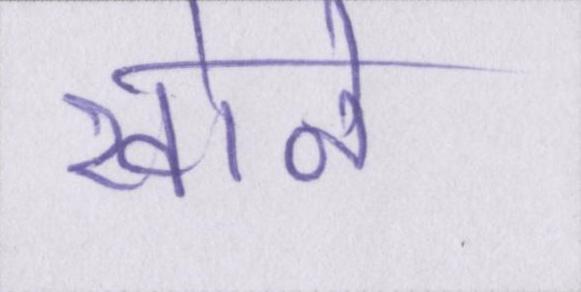
खोने